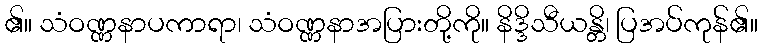
၏။ သံဝဏ္ဏနာပကာရာ၊ သံဝဏ္ဏနာအပြားတို့ကို။ နိဒ္ဒိသီယန္တိ၊ ပြအပ်ကုန်၏။